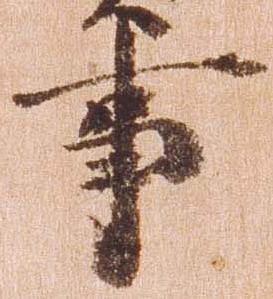
事